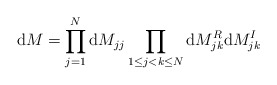
\begin{align*}\mathrm dM= \prod_{j=1}^N \mathrm dM_{jj} \prod_{1 \leq j <k \leq N} \mathrm dM_{jk}^R \mathrm dM_{jk}^I\end{align*}